Indian journal of veterinary science and animal husbandry - Volumes 22-23, 1952-1953
Year: 1952
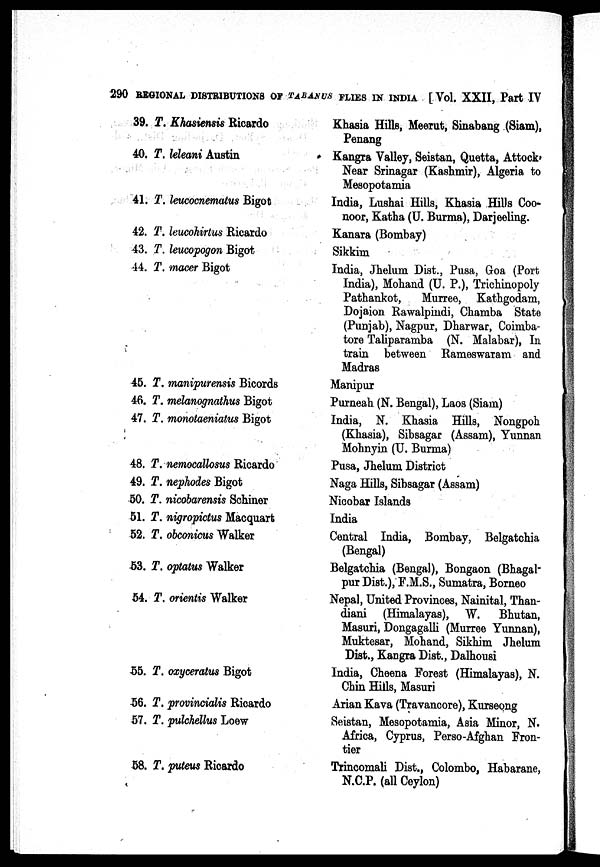
290 REGIONAL DISTRIBUTIONS OF TABANUS FLIES IN INDIA [Vol. XXII, Part IV
39. T. Khasiensis Ricardo
40. T. leleani Austin
41. T. leucocnematus Bigot
42. T. leucohirtus Ricardo
43. T. leucopogon Bigot
44. T. macer Bigot
45. T. manipurensis Bicords
46. T. melanognathus Bigot
47. T. monotaeniatus Bigot
48. T. nemocallosus Ricardo
49. T. nephodes Bigot
50. T. nicobarensis Schiner
51. T. nigropictus Macquart
52. T. obconicus Walker
53. T. optatus Walker
54. T. orientis Walker
55. T. oxyceratus Bigot
56. T. provincialis Ricardo
57. T. pulchellus Loew
58. T. puteus Ricardo
Khasia Hills, Meerut, Sinabang (Siam),
Penang
Kangra Valley, Seistan, Quetta, Attock
Near Srinagar (Kashmir), Algeria to
Mesopotamia
India, Lushai Hills, Khasia Hills Coo-
noor, Katha (U. Burma), Darjeeling.
Kanara (Bombay)
Sikkim
India, Jhelum Dist., Pusa, Goa (Port
India), Mohand (U. P.), Trichinopoly
Pathankot,
Murree, Kathgodam,
Dojaion Rawalpindi, Chamba State
(Punjab), Nagpur, Dharwar, Coimba-
tore Taliparamba (N. Malabar), In
train between Rameswaram and
Madras
Manipur
Purneah (N. Bengal), Laos (Siam)
India, N. Khasia Hills, Nongpoh
(Khasia), Sibsagar (Assam), Yunnan
Mohnyin (U. Burma)
Pusa, Jhelum District
Naga Hills, Sibsagar (Assam)
Nicobar Islands
India
Central India, Bombay, Belgatchia
(Bengal)
Belgatchia (Bengal), Bongaon (Bhagal-
pur Dist.), F.M.S., Sumatra, Borneo
Nepal, United Provinces, Nainital, Than-
diani (Himalayas), W. Bhutan,
Masuri, Dongagalli (Murree Yunnan),
Muktesar, Mohand, Sikhim Jhelum
Dist., Kangra Dist., Dalhousi
India, Cheena Forest (Himalayas), N.
Chin Hills, Masuri
Arian Kava (Travancore), Kurseong
Seistan, Mesopotamia, Asia Minor, N.
Africa, Cyprus, Perso-Afghan Fron-
tier
Trincomali Dist., Colombo, Habarane,
N.C.P. (all Ceylon)